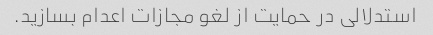
استدلالی در حمایت از لغو مجازات اعدام بسازید.